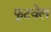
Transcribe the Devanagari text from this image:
फूटवेल